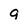
Character: q